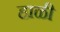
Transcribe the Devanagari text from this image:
हाळी